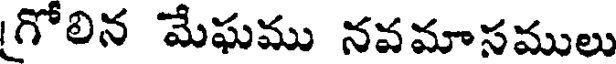
గోలిన మేఘము నవమాసములు